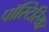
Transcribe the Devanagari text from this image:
पॉस्टिरियर